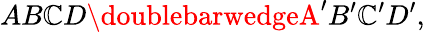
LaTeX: AB\mathbb{C}D\doublebarwedgeA^{\prime}B^{\prime}\mathbb{C}^{\prime}D^{\prime},